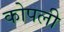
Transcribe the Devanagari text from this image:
कोपली